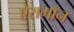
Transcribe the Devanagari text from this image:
ऐरागाँन